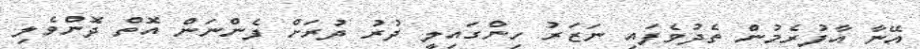
އޭނާ އާފުރެމުން ތެދުވެފައި ނަޒަރު ހިންގައިލީ ދުރު ދުރަށް ފެންނަން އޮތް ދޮންވެލި